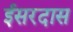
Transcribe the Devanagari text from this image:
ईसरदास